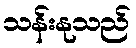
သန်းနုသည်